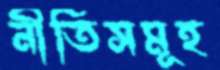
নীতিসমূহ